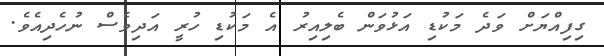
ގިފިއްޔަށް ވަދެ މަކުޑި އަޅުވަން ބެލިއިރު އެ މަކުޑި ހުރީ އަދިވެސް ނުހެދިއެވެ.